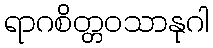
ရာဂစိတ္တဝသာနုဂါ